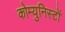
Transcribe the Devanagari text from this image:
कोम्युनिस्टों